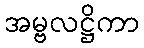
အမ္ဗလဋ္ဌိကာ